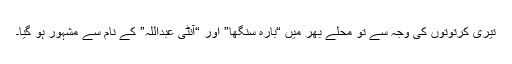
تیری کرتوتوں کی وجہ سے تو محلے بھر میں “بارہ سنگھا” اور “آنٹی عبداللہ” کے نام سے مشہور ہو گیا۔